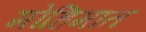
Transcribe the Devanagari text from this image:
मोहिमात